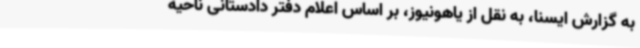
به گزارش ایسنا، به نقل از یاهونیوز، بر اساس اعلام دفتر دادستانی ناحیه